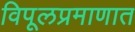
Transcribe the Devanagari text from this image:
विपूलप्रमाणात